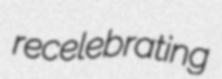
recelebrating